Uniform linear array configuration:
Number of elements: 8
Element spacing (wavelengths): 1
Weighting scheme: binomial
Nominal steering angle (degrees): -45
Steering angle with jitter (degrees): -43.469
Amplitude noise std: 0.05
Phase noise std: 0.05

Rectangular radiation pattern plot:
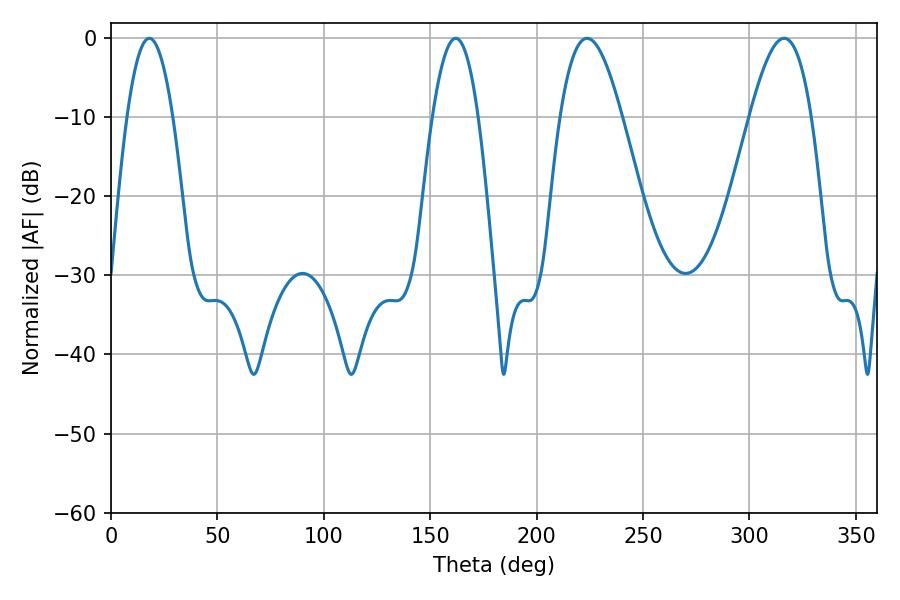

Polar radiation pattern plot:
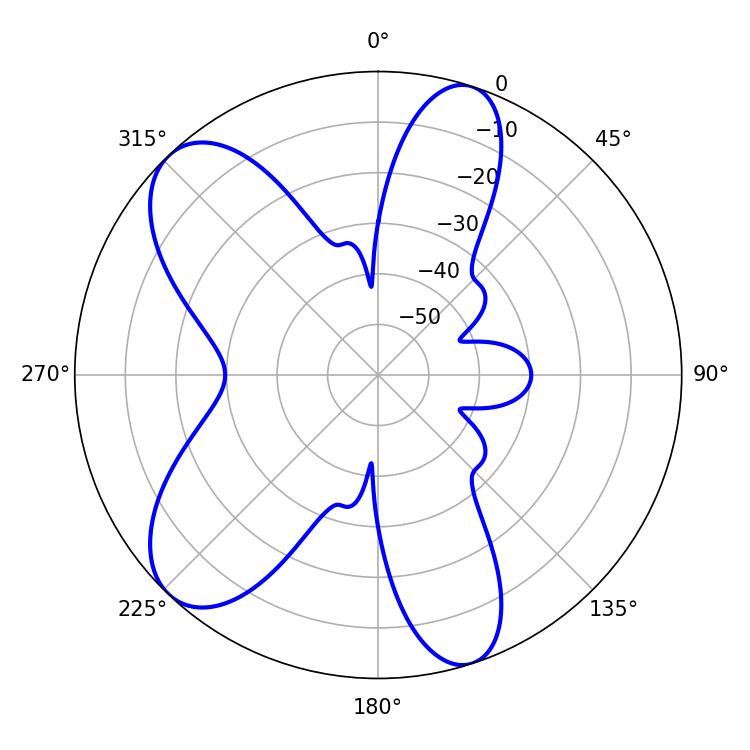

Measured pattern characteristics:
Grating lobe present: TRUE
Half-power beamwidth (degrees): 11.7
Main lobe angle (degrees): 18